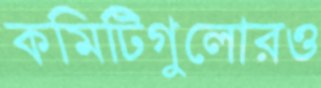
কমিটিগুলোরও